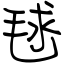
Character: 毬